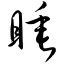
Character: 睡